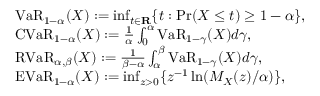
{ \begin{array} { r l } & { { \mathrm { V a R } } _ { 1 - \alpha } ( X ) : = \operatorname* { i n f } _ { t \in \mathbf { R } } \{ t : { \mathrm { P r } } ( X \leq t ) \geq 1 - \alpha \} , } \\ & { { \mathrm { C V a R } } _ { 1 - \alpha } ( X ) : = { \frac { 1 } { \alpha } } \int _ { 0 } ^ { \alpha } { \mathrm { V a R } } _ { 1 - \gamma } ( X ) d \gamma , } \\ & { { \mathrm { R V a R } } _ { \alpha , \beta } ( X ) : = { \frac { 1 } { \beta - \alpha } } \int _ { \alpha } ^ { \beta } { \mathrm { V a R } } _ { 1 - \gamma } ( X ) d \gamma , } \\ & { { \mathrm { E V a R } } _ { 1 - \alpha } ( X ) : = \operatorname* { i n f } _ { z > 0 } \{ z ^ { - 1 } \ln ( M _ { X } ( z ) / \alpha ) \} , } \end{array} }